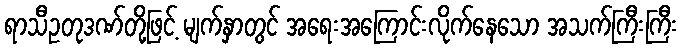
ရာသီဥတုဒဏ်တို့ဖြင့် မျက်နှာတွင် အရေးအကြောင်းလိုက်နေသော အသက်ကြီးကြီး